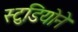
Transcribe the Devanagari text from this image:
स्टुडियोने